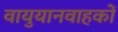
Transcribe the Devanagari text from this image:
वायुयानवाहकों